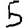
Digit: 5